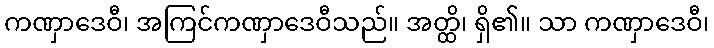
ကဏှာဒေဝီ၊ အကြင်ကဏှာဒေဝီသည်။ အတ္ထိ၊ ရှိ၏။ သာ ကဏှာဒေဝီ၊